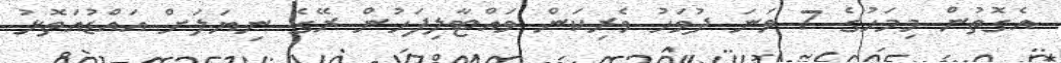
އެގޮތުން މިމަހުގެ 7 ވަނަ ދުވަހު ވެރިކަން ވައްޓާލިފަހުން ރޭގެ ނިޔަލަށް އައްޑުއަތޮޅު